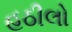
હઠીલો